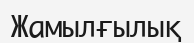
Жамылғылық